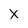
Character: X